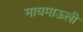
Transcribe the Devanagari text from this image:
मायमाऊली